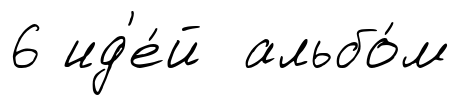
6 ид'е́й альбо́м